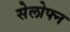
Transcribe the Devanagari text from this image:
सेलोफ्न